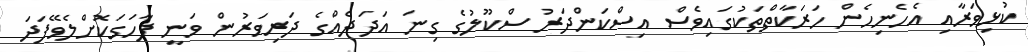
ކުޅިވަރާއި އެހެނިހެން ހަރަކާތްތަކުގައިވެސް އިސްކަންދަރު ސްކޫލުގެ ގިނަ އަދަދެއްގެ ދަރިވަރުން ވަނީ ފާހަގަކޮށްލެވޭފަދަ